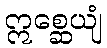
ဣစ္ဆေယျံ